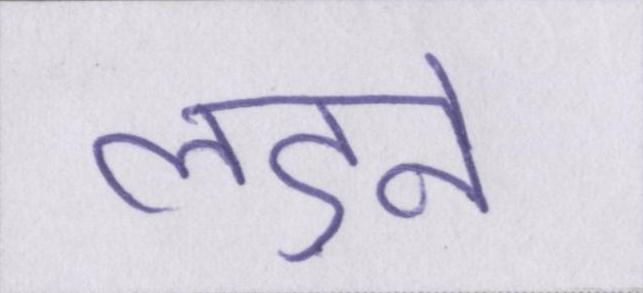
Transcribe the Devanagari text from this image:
लड़ने